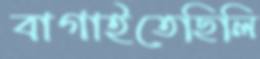
বাগাইতেছিলি